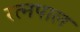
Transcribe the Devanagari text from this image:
रत्नपाल